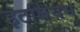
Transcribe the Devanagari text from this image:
इटर्बियम